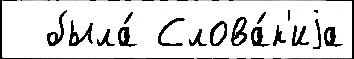
  была́ Слова́к'иjа